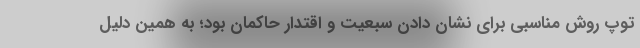
توپ روش مناسبی برای نشان دادن سبعیت و اقتدار حاکمان بود؛ به همین دلیل